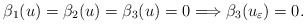
\begin{align*}\beta_1(u) = \beta_2(u) = \beta_3(u) = 0 \Longrightarrow \beta_3(u_{\varepsilon}) = 0. \end{align*}